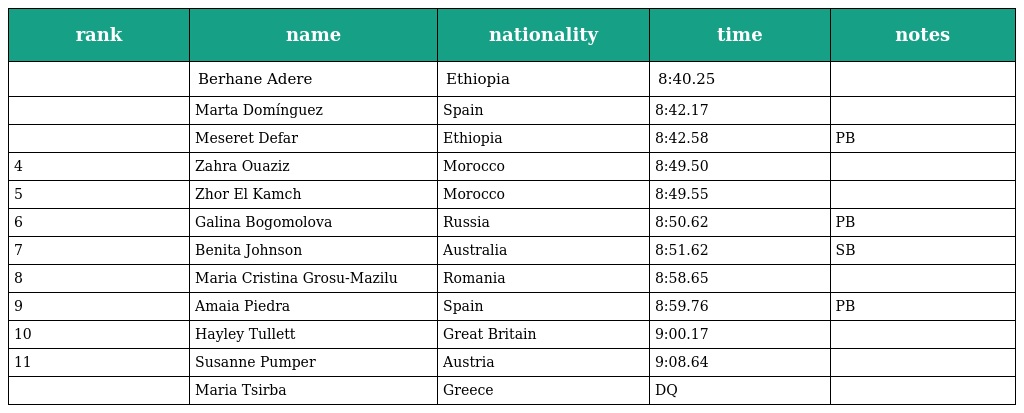
| rank | name | nationality | time | notes |
 | --- | --- | --- | --- | --- |
 |  | Berhane Adere | Ethiopia | 8:40.25 |  |
 |  | Marta Domínguez | Spain | 8:42.17 |  |
 |  | Meseret Defar | Ethiopia | 8:42.58 | PB |
 | 4 | Zahra Ouaziz | Morocco | 8:49.50 |  |
 | 5 | Zhor El Kamch | Morocco | 8:49.55 |  |
 | 6 | Galina Bogomolova | Russia | 8:50.62 | PB |
 | 7 | Benita Johnson | Australia | 8:51.62 | SB |
 | 8 | Maria Cristina Grosu-Mazilu | Romania | 8:58.65 |  |
 | 9 | Amaia Piedra | Spain | 8:59.76 | PB |
 | 10 | Hayley Tullett | Great Britain | 9:00.17 |  |
 | 11 | Susanne Pumper | Austria | 9:08.64 |  |
 |  | Maria Tsirba | Greece | DQ |  |